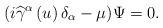
LaTeX: \begin{align*}(i\widehat{\gamma }^\alpha \left( u\right) \delta _\alpha -\mu )\Psi =0.\end{align*}